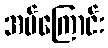
အပ်ကြောင်း